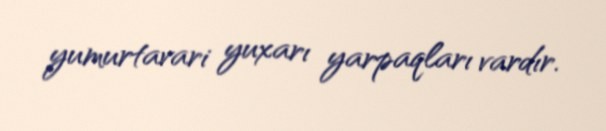
yumurtavari yuxarı yarpaqları vardır.